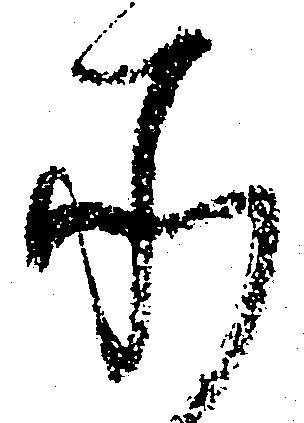
承